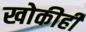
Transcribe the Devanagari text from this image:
खोकीही